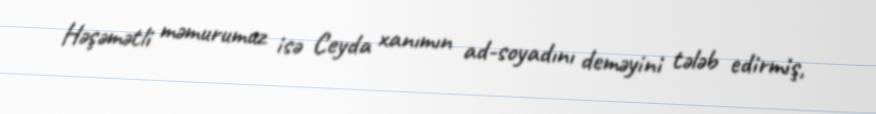
Həşəmətli məmurumuz isə Ceyda xanımın ad-soyadını deməyini tələb edirmiş,